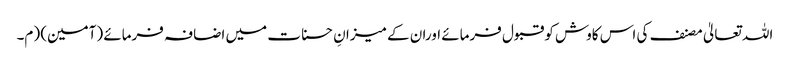
اللہ تعالیٰ مصنف کی اس کاوش کوقبول فرمائے اوران کے میزانِ حسنات میں اضافہ فرمائے (آمین) (م۔